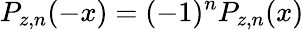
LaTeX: P_{z,n}(-x)=(-1)^{n}P_{z,n}(x)